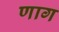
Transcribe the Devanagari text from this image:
णाग